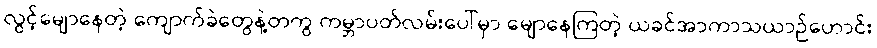
လွင့်မျောနေတဲ့ ကျောက်ခဲတွေနဲ့တကွ ကမ္ဘာပတ်လမ်းပေါ်မှာ မျောနေကြတဲ့ ယခင်အာကာသယာဉ်ဟောင်း